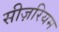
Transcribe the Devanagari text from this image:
सीज़रियम